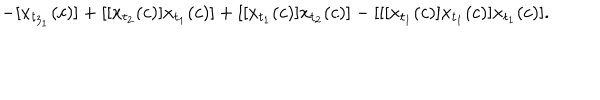
- [ x _ { t _ { 3 _ { 1 } } } ( c ) ] + [ [ x _ { t _ { 2 } } ( c ) ] x _ { t _ { 1 } } ( c ) ] + [ [ x _ { t _ { 1 } } ( c ) ] x _ { t _ { 2 } } ( c ) ] - [ [ [ x _ { t _ { 1 } } ( c ) ] x _ { t _ { 1 } } ( c ) ] x _ { t _ { 1 } } ( c ) ] .